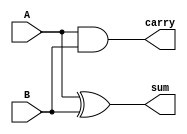
 module half_adder_q1(A,B,sum,carry);
 input A , B; 
 output sum,carry;
 xor(sum,A,B);
 and(carry,A,B);
 endmodule